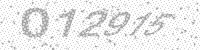
Solution: 012915